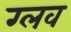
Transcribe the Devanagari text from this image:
ग्लव